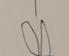
Signature authenticity: forged